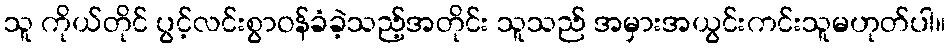
သူ ကိုယ်တိုင် ပွင့်လင်းစွာဝန်ခံခဲ့သည့်အတိုင်း သူသည် အမှားအယွင်းကင်းသူမဟုတ်ပါ။